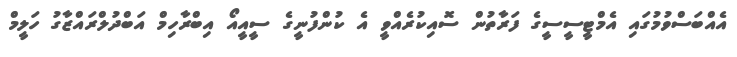
އެއްބަސްވުމުގައި އެމްޓީސީސީގެ ފަރާތުން ސޮއިކުރެއްވީ އެ ކުންފުނީގެ ސީއީއޯ އިބްރާހިމް އަބްދުލްރައްޒާގު ހަލީމް